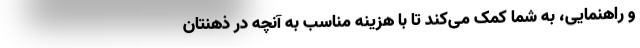
و راهنمایی، به شما کمک می‌کند تا با هزینه مناسب به آنچه در ذهنتان